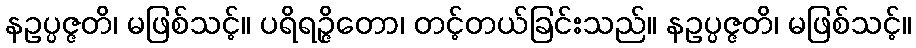
နဥပ္ပဇ္ဇတိ၊ မဖြစ်သင့်။ ပရိရဉ္ဇိတော၊ တင့်တယ်ခြင်းသည်။ နဥပ္ပဇ္ဇတိ၊ မဖြစ်သင့်။